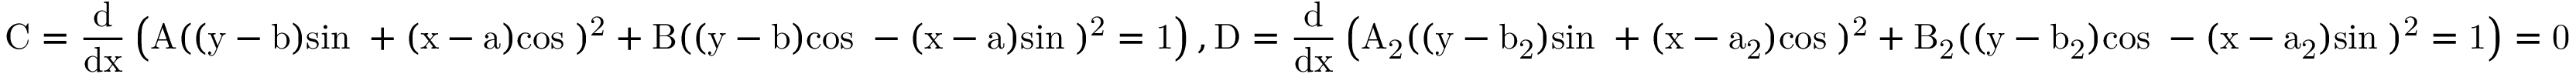
\mathrm { C = \frac { d } { d x } \left( A ( ( y - b ) s i n θ + ( x - a ) c o s θ ) ^ { 2 } + B ( ( y - b ) c o s θ - ( x - a ) s i n θ ) ^ { 2 } = 1 \right) , D = \frac { d } { d x } \left( A _ { 2 } ( ( y - b _ { 2 } ) s i n θ + ( x - a _ { 2 } ) c o s θ ) ^ { 2 } + B _ { 2 } ( ( y - b _ { 2 } ) c o s θ - ( x - a _ { 2 } ) s i n θ ) ^ { 2 } = 1 \right) = 0 }